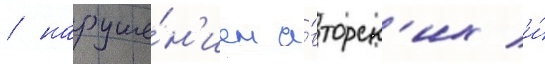
/ наруше́н'ием а́вторск'их и́